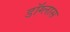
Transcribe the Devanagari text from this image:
डॉग्लास